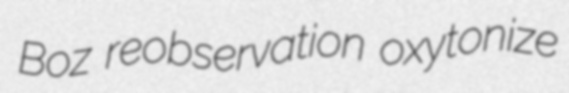
Boz reobservation oxytonize